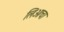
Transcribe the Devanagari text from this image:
लिओचा